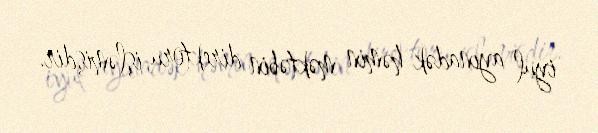
iyul ayınadək həmin məktəbin direktoru işləmişdir.